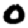
Digit: 0